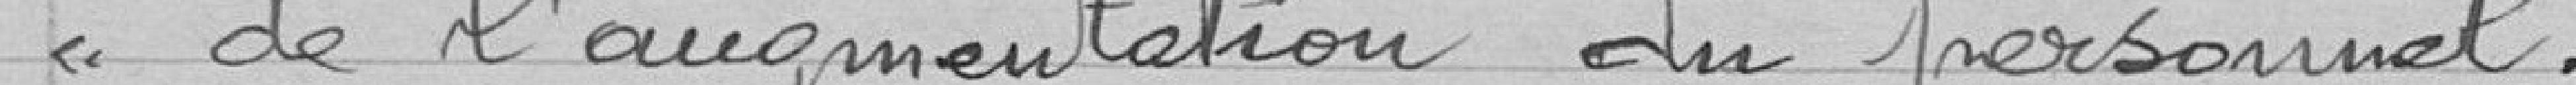
de l'augmentation du personnel.